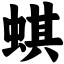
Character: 蜞